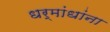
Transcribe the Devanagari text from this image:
धर्मांधांना